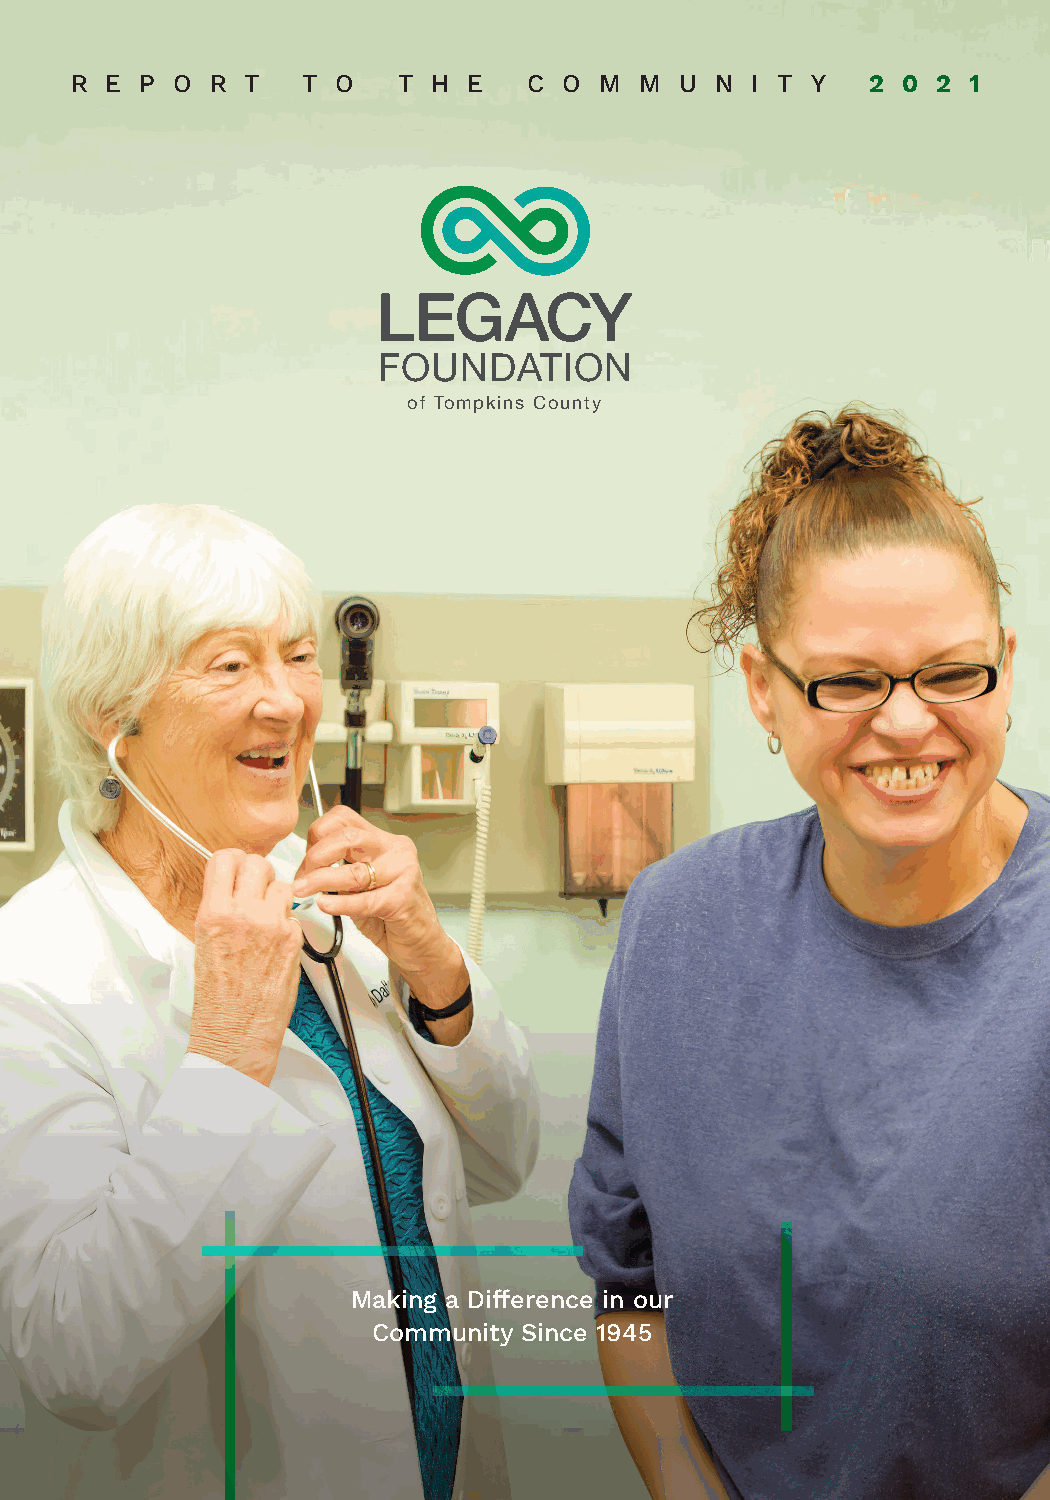
R E P O  R T   T O   T  H E   C O  M M  U N  I T Y   2 0 2 1
 LEGACY
 FOUNDATION
 of Tompkins County
 Making a Difference in our
 Community Since 1945